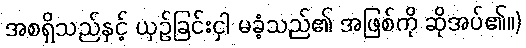
အစရှိသည်နှင့် ယှဉ်ခြင်းငှါ မခံ့သည်၏ အဖြစ်ကို ဆိုအပ်၏။)